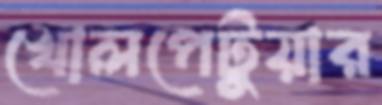
খোলপেটুয়ার